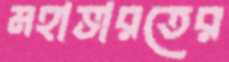
মহাভারতের